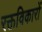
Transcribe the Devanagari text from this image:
रक्तविकारों